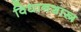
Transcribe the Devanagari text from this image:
विधानशास्त्र